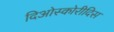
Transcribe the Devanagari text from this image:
दिओस्कोरीदिस